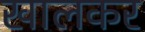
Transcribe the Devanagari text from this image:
खालकर